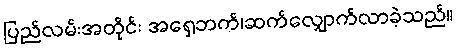
ပြည်လမ်းအတိုင်း အရှေ့ဘက်၊ဆက်လျှောက်လာခဲ့သည်။